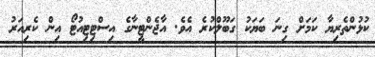
ކުޅުންތެރިޔާ ކަމަށް ގިނަ ބަޔަކު ގަބޫލްކުރެ އެވެ. އާޖެންޓީނާގެ އިސްޓިޓިއުޓޯ އިން ކެރިއަރު